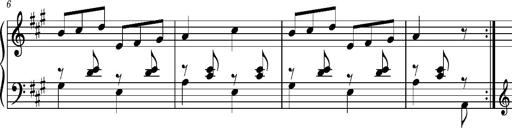
Title: Ungarischer Romanzero
Composer: Franz Liszt